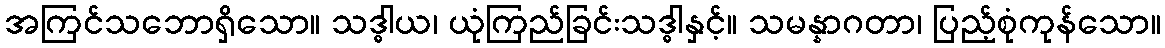
အကြင်သဘောရှိသော။ သဒ္ဓါယ၊ ယုံကြည်ခြင်းသဒ္ဓါနှင့်။ သမန္နာဂတာ၊ ပြည့်စုံကုန်သော။